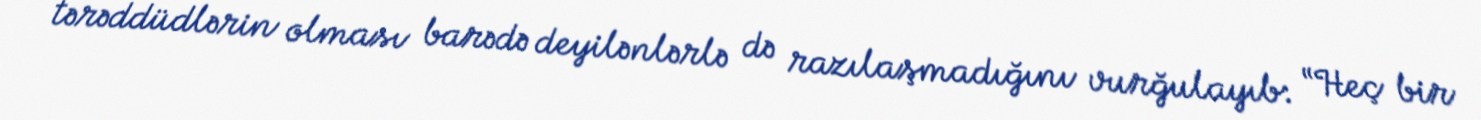
tərəddüdlərin olması barədə deyilənlərlə də razılaşmadığını vurğulayıb: “Heç bir